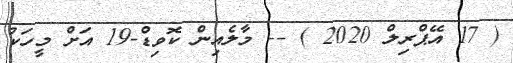
( 17 އޭޕްރިލް 2020 ) -- މާލެއިން ކޮވިޑް-19 އަށް މީހަކު